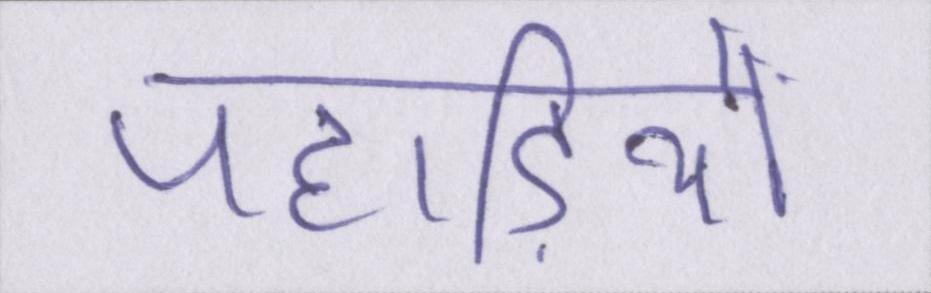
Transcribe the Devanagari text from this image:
पहाड़ियो